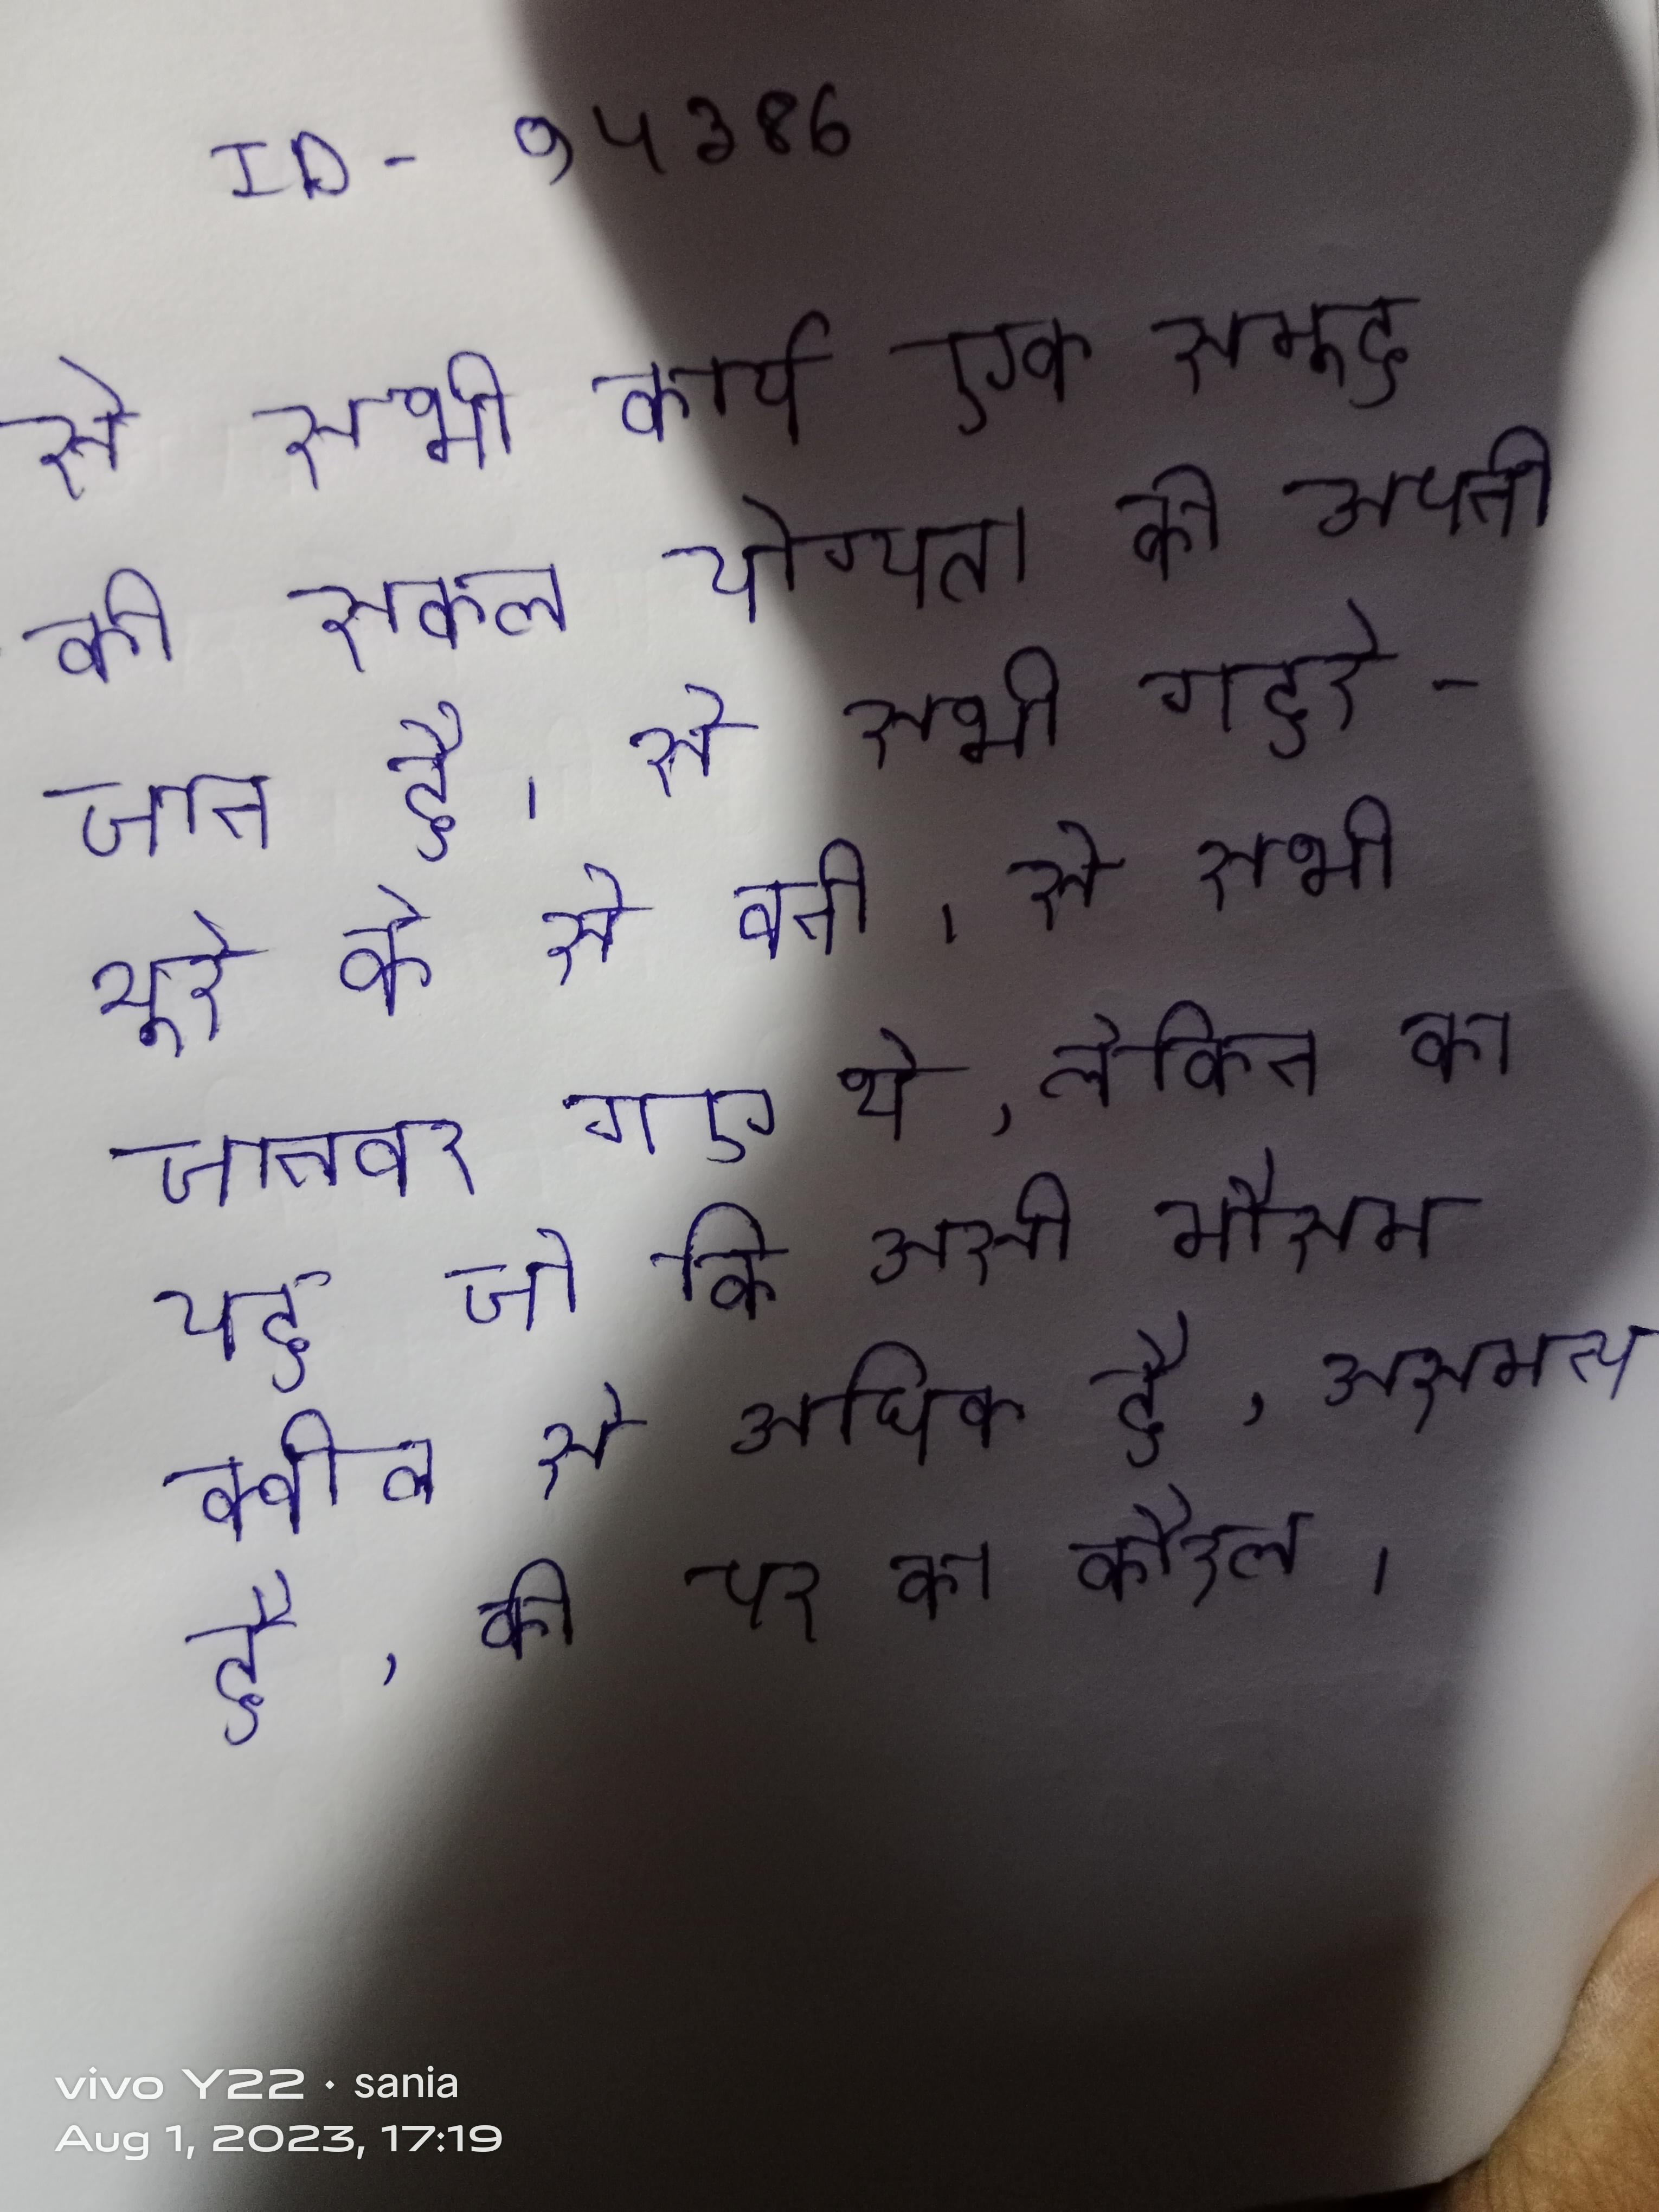
से सभी कार्य एक समूह की सकल योग्यता को लेकिन ऐसा करने के लिये एक जीव को अपनी जान है । से सभी गहरे-भूरे के से बनी । से सभी जानवर गए थे, लेकिन का यह जो कि उसी मौसम चित्तीदार वाले नर क्वोल से अधिक है, असामान्य है, डैविल की पर का कौशल कमजोर है ।